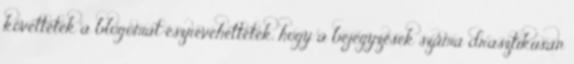
követtétek a blogomat észrevehettétek, hogy a bejegyzések száma drasztikusan